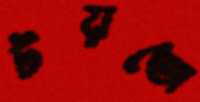
টয়তো